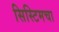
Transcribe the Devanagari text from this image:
सिस्टिमचा